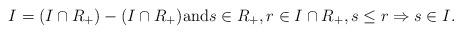
LaTeX: \begin{align*}I = (I \cap R_+) - (I \cap R_+) \mbox{and} s \in R_+, r \in I \cap R_+, s \leq r \Rightarrow s \in I. \end{align*}